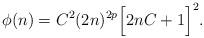
LaTeX: \begin{align*} \phi(n)=C^2 (2n)^{2p}\Big[ 2n C +1\Big]^2 .\end{align*}